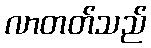
လာတတ်သည်